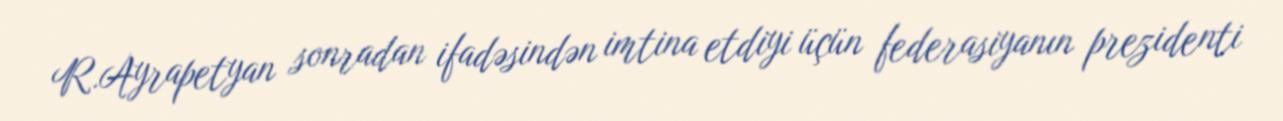
R.Ayrapetyan sonradan ifadəsindən imtina etdiyi üçün federasiyanın prezidenti